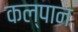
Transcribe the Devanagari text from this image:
कल्पान